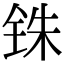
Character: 铢